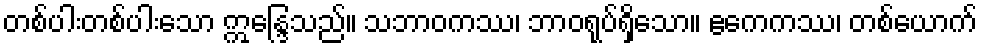
တစ်ပါးတစ်ပါးသော ဣန္ဒြေသည်။ သဘာဝကဿ၊ ဘာဝရုပ်ရှိသော။ ဧကေကဿ၊ တစ်ယောက်